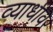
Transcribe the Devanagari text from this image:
व्याधीवर